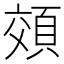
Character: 頝